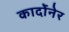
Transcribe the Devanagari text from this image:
कार्दोनेर